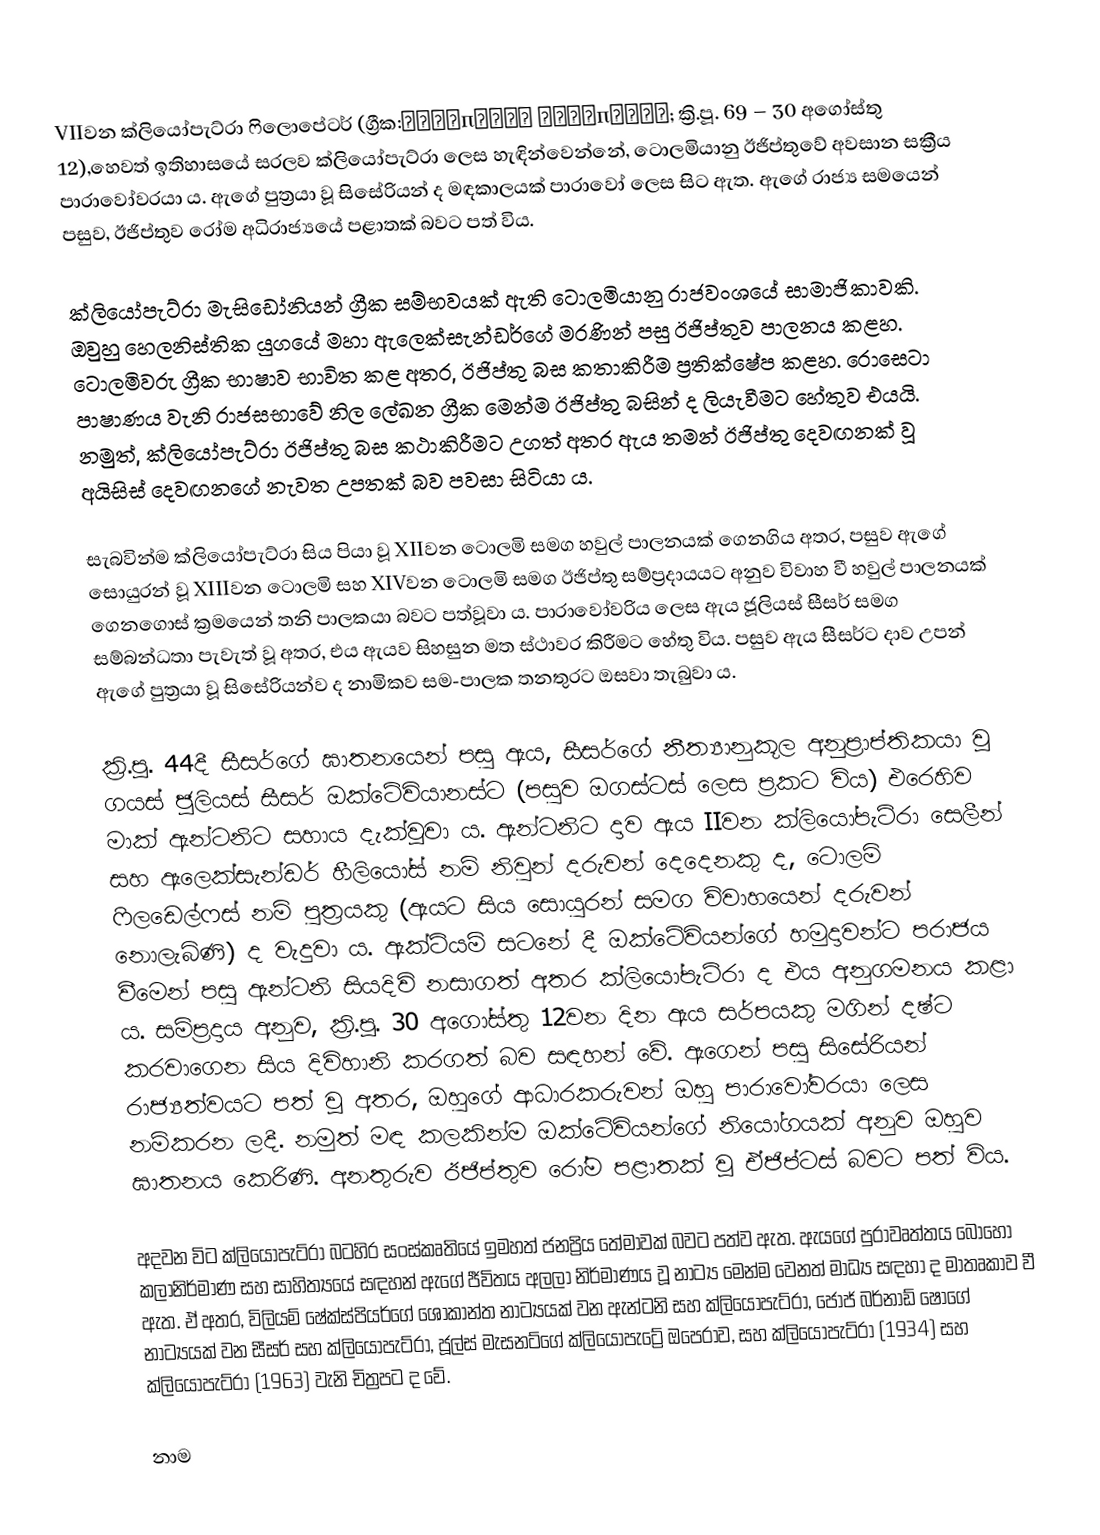
VIIවන ක්ලියෝපැට්රා ෆිලොපේටර් (ග්‍රීක:Κλεοπάτρα Φιλοπάτωρ; ක්‍රි.පූ. 69 – 30 අගෝස්තු 12),හෙවත් ඉතිහාසයේ සරලව ක්ලියෝපැට්රා‍ ලෙස හැඳින්වෙන්නේ, ටොලමියානු ඊජිප්තුවේ අවසාන සක්‍රීය පාරාවෝවරයා ය. ඇගේ පුත්‍රයා වූ සිසේරියන් ද මඳකාලයක් පාරාවෝ ලෙස සිට ඇත. ඇගේ රාජ්‍ය සමයෙන් පසුව, ඊජිප්තුව රෝම අධිරාජ්‍යයේ පළාතක් බවට පත් විය.

ක්ලියෝපැට්රා මැසිඩෝනියන් ග්‍රීක සම්භවයක් ඇති ටොලමියානු රාජවංශයේ සාමාජිකාවකි. ඔවුහු හෙලනිස්තික යුගයේ මහා ඇලෙක්සැන්ඩර්ගේ මරණින් පසු ඊජිප්තුව පාලනය කළහ. ටොලමිවරු ග්‍රීක භාෂාව භාවිත කළ අතර, ඊජිප්තු බස කතාකිරීම ප්‍රතික්ෂේප කළහ. රොසෙටා පාෂාණය වැනි රාජසභාවේ නිල ලේඛන ග්‍රීක මෙන්ම ඊජිප්තු බසින් ද ලියැවීමට හේතුව එයයි. නමුත්, ක්ලියෝපැට්රා ඊජිප්තු බස කථාකිරීමට උගත් අතර ඇය තමන් ඊජිප්තු දෙවඟනක් වූ අයිසිස් දෙවඟනගේ නැවත උපතක් බව පවසා සිටියා ය.

සැබවින්ම ක්ලියෝපැට්රා සිය පියා වූ XIIවන ටොලමි සමග හවුල් පාලනයක් ගෙනගිය අතර, පසුව ඇගේ සොයුරන් වූ XIIIවන ටොලමි සහ XIVවන ටොලමි සමග ඊජිප්තු සම්ප්‍රදායයට අනුව විවාහ වී හවුල් පාලනයක් ගෙනගොස් ක්‍රමයෙන් තනි පාලකයා බවට පත්වූවා ය. පාරාවෝවරිය ලෙස ඇය ජූලියස් සීසර් සමග සම්බන්ධතා පැවැත් වූ අතර, එය ඇයව සිහසුන මත ස්ථාවර කිරීමට හේතු විය. පසුව ඇය සීසර්ට දාව උපන් ඇගේ පුත්‍රයා වූ සිසේරියන්ව ද නාමිකව සම-පාලක තනතුරට ඔසවා තැබුවා ය.

ක්‍රි.පූ. 44දී සීසර්ගේ ඝාතන‍යෙන් පසු ඇය, සීසර්ගේ නීත්‍යානුකූල අනුප්‍රාප්තිකයා වූ ගයස් ජූලියස් සීසර් ඔක්ටේවියානස්ට (පසුව ඔගස්ටස් ලෙස ප්‍රකට විය) එරෙහිව මාක් ඇන්ටනිට සහාය දැක්වූවා ය. ඇන්ටනිට දාව ඇය IIවන ක්ලියෝපැට්රා සෙලීන් සහ ඇලෙක්සැන්ඩර් හීලියෝස් නම් නිවුන් දරුවන් දෙදෙනකු ද, ටොලමි ෆිලඩෙල්ෆස් නම් පුත්‍රයකු (ඇයට සිය සොයුරන් සමග විවාහයෙන් දරුවන් නොලැබිණි) ද වැදුවා ය. ඇක්ටියම් සටනේ දී ඔක්ටේවියන්ගේ හමුදාවන්ට පරාජය වීමෙන් පසු ඇන්ටනි සියදිවි නසාගත් අතර ක්ලියෝපැට්රා ද එය අනුගමනය කළා ය. සම්ප්‍රදාය අනුව, ක්‍රි.පූ. 30 අගෝස්තු 12වන දින ඇය සර්පයකු මගින් දෂ්ට කරවාගෙන සිය දිවිහානි කරගත් බව සඳහන් වේ. ඇගෙන් පසු සිසේරියන් රාජ්‍යත්වයට පත් වූ අතර, ඔහුගේ ආධාරකරුවන් ඔහු පාරාවෝවරයා ලෙස නම්කරන ලදී. නමුත් මඳ කලකින්ම ඔක්ටේවියන්ගේ නියෝගයක් අනුව ඔහුව ඝාතනය කෙරිණි. අනතුරුව ඊජිප්තුව රෝම පළාතක් වූ ඒජිප්ටස් බවට පත් විය.

අදවන විට ක්ලියෝපැට්රා බටහිර සංස්කෘතියේ ඉමහත් ජනප්‍රිය තේමාවක් බවට පත්ව ඇත. ඇයගේ පුරාවෘත්තය බොහෝ කලානිර්මාණ සහ සාහිත්‍යයේ සඳහන් ඇගේ ජීවිතය අලලා නිර්මාණය වූ නාට්‍ය මෙන්ම වෙනත් මාධ්‍ය සඳහා ද මාතෘකාව වී ඇත. ඒ අතර, විලියම් ෂේක්ස්පියර්ගේ ශෝකාන්ත නාට්‍යයක් වන ඇන්ටනි සහ ක්ලියෝපැට්රා, ජෝජ් බර්නාඩ් ෂෝගේ නාට්‍යයක් වන සීසර් සහ ක්ලියෝපැට්රා, ජූල්ස් මැසනට්ගේ ක්ලියෝපැට්‍රේ ඔපෙරාව, සහ ක්ලියෝපැට්රා (1934) සහ ක්ලියෝපැට්රා (1963) වැනි චිත්‍රපට ද වේ.

නාම